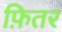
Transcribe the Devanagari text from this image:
फ़ितर